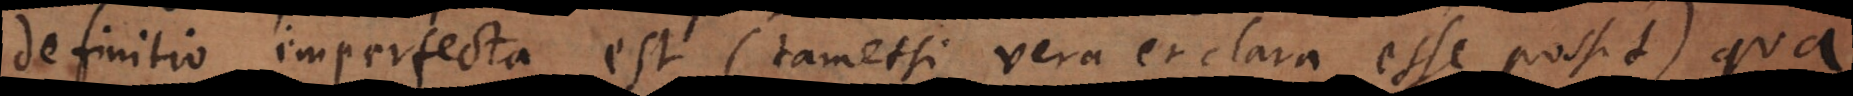
definitio imperfecta est (tametsi vera et clara esse possit) qua